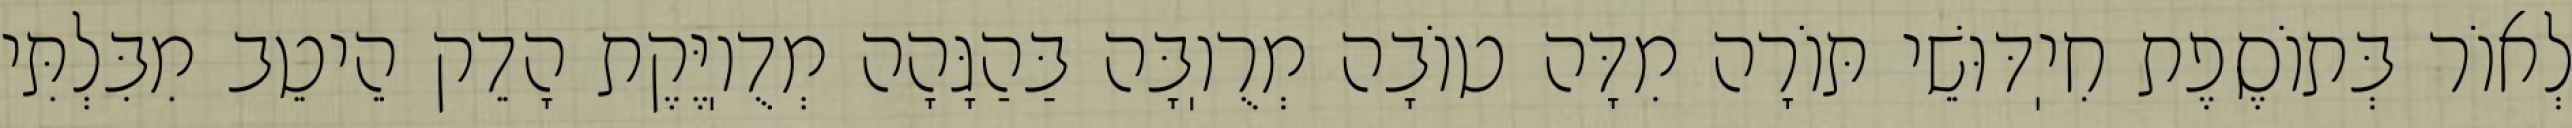
לְאוֹר בְּתוֹסֶפֶת חִיֽדּוּשֵׁי תּוֹרָה מִדָּה טוֹבָה מְרֻוֽבָּה בַּהַגָּהָה מְדֻוֽיֶּקֶת הָדֵק הֵיטֵב מִבִּלְתִּי